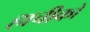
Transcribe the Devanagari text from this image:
हाचीको